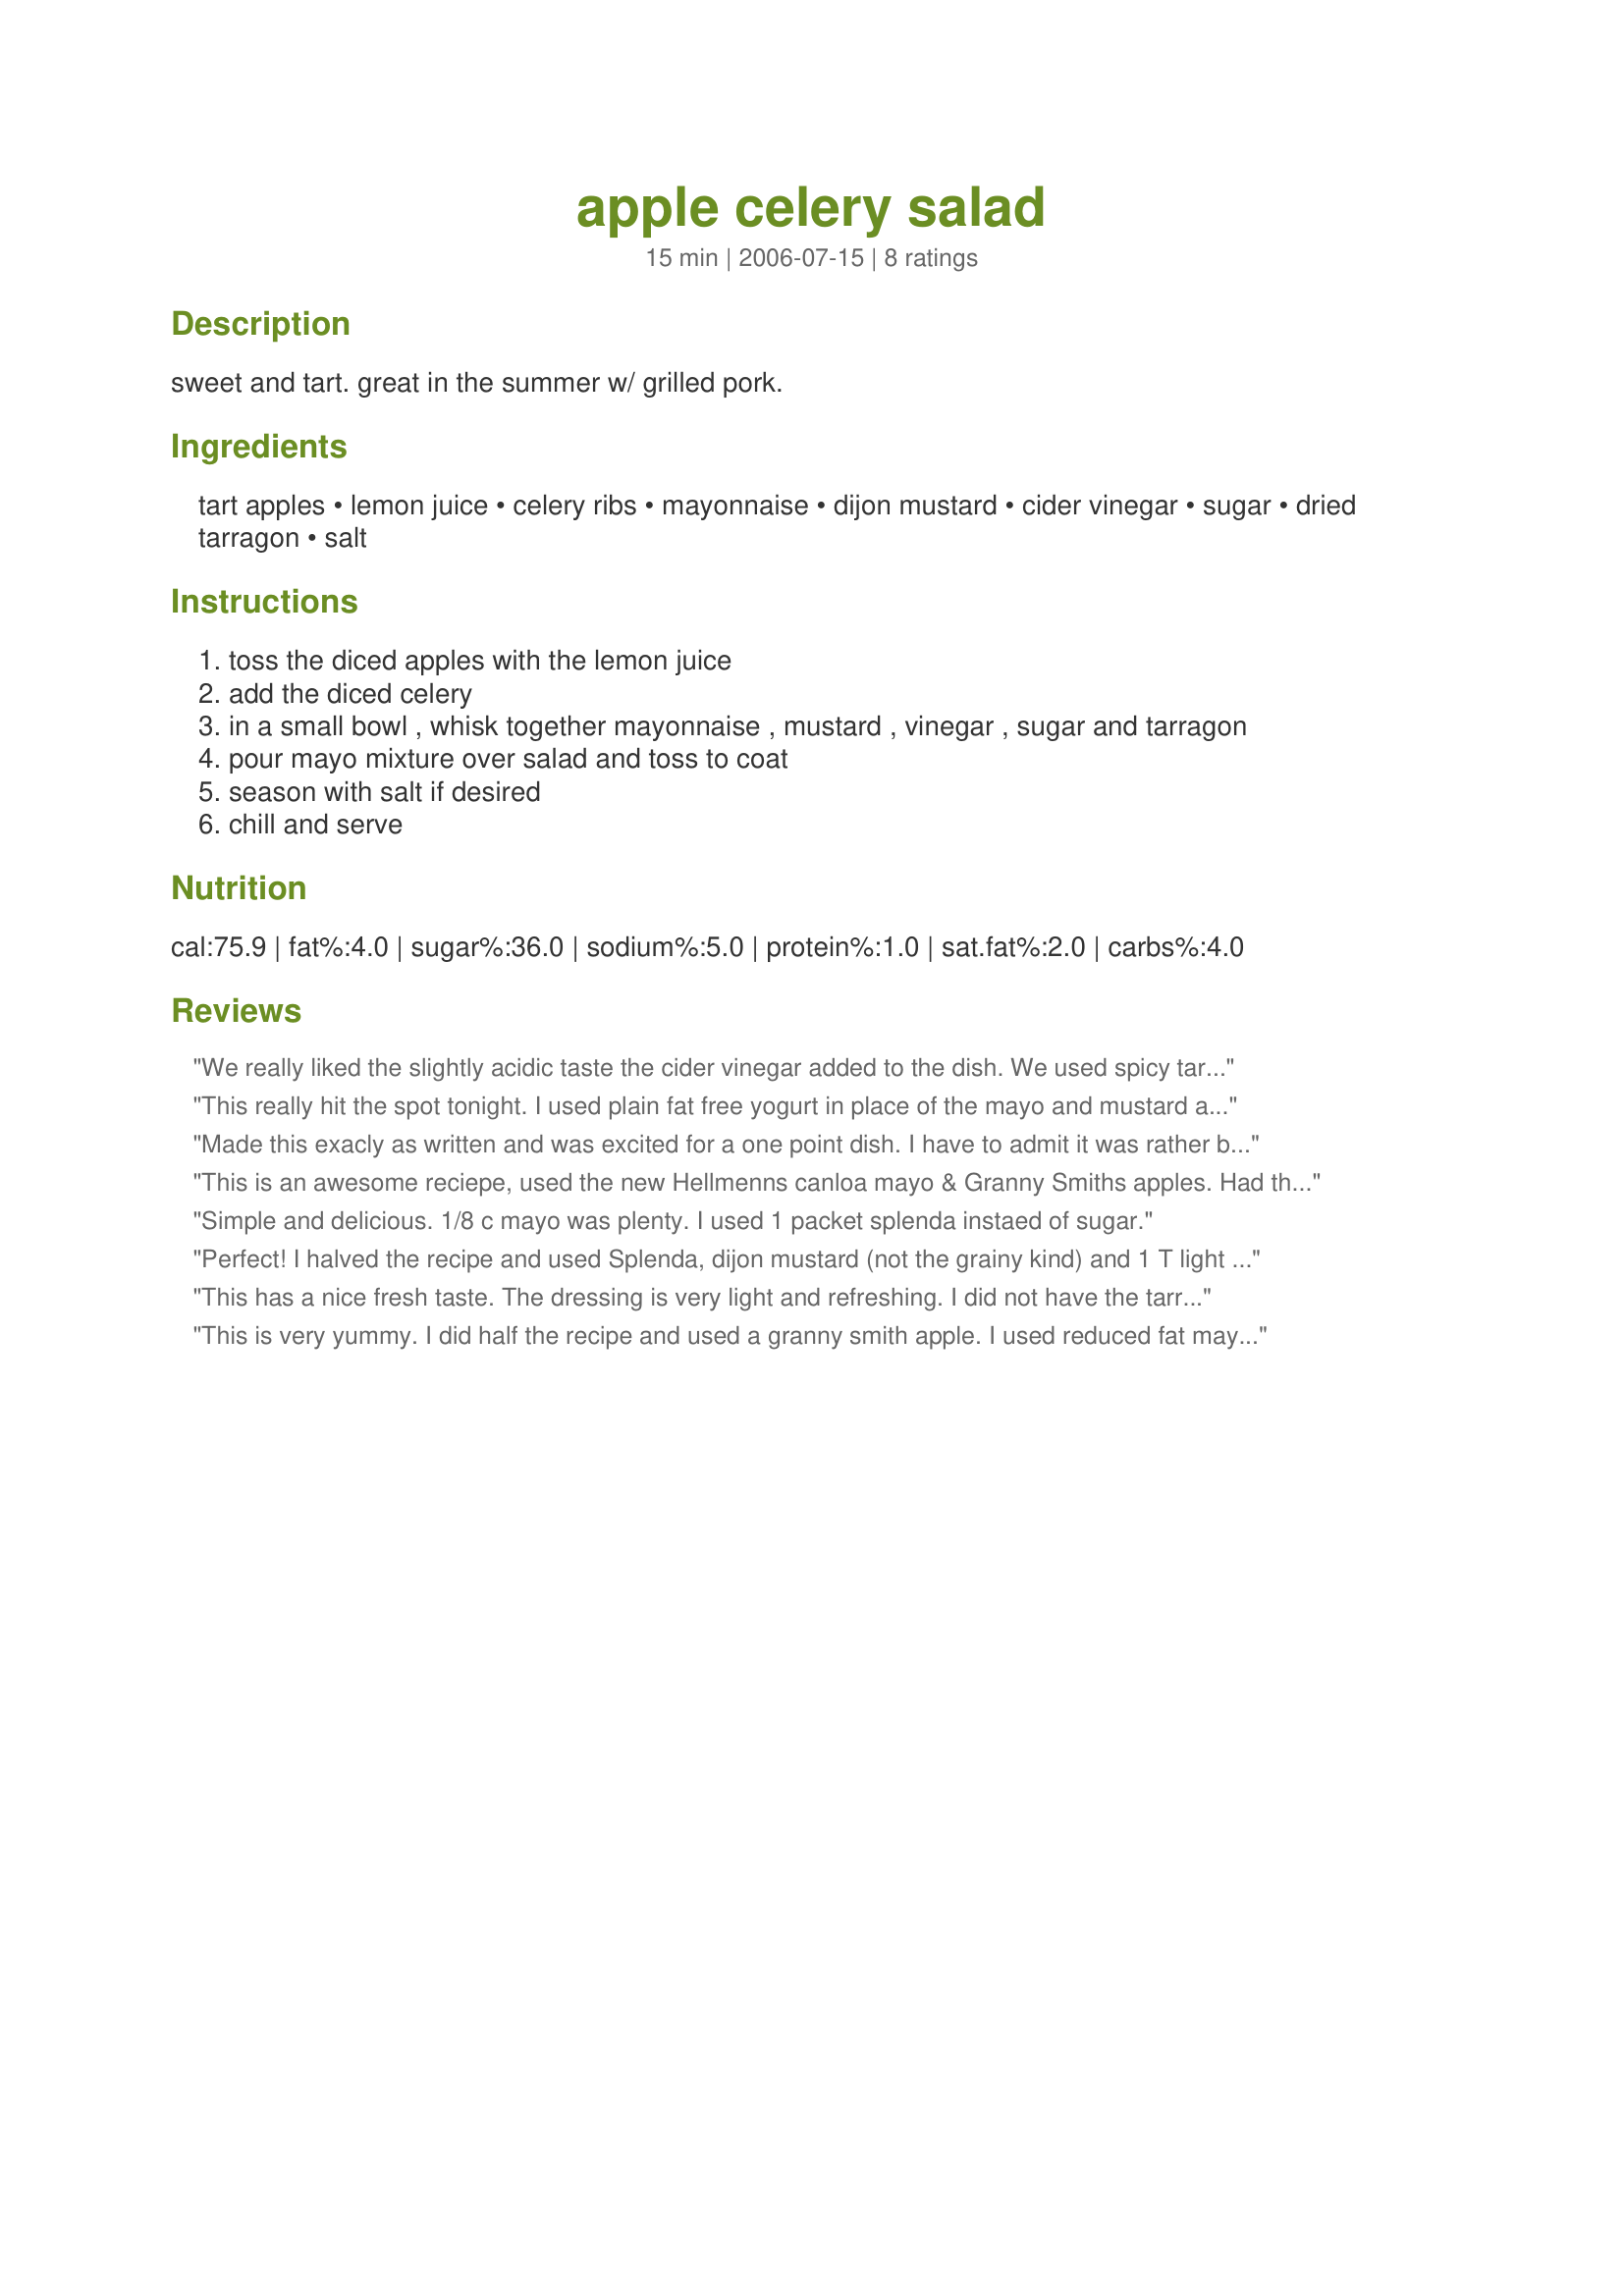
apple celery salad
Preparation time: 15 minutes

sweet and tart. great in the summer w/ grilled pork.

Ingredients:
tart apples, lemon juice, celery ribs, mayonnaise, dijon mustard, cider vinegar, sugar, dried tarragon, salt

Steps:
toss the diced apples with the lemon juice
add the diced celery
in a small bowl , whisk together mayonnaise , mustard , vinegar , sugar and tarragon
pour mayo mixture over salad and toss to coat
season with salt if desired
chill and serve

Reviews:
We really liked the slightly acidic taste the cider vinegar added to the dish. We used spicy tart apples straight from the tree with a mix of Dukes mayo and fat free mayo. This was delicious. I added leftover roasted chicken breast and craisins to some of it, and that was wonderful, too.
This really hit the spot tonight. I used plain fat free yogurt in place of the mayo and mustard and 1 tsp of Splenda for the sugar. I discovered that my tarragon was among the things now buried in the garage. I thought after dinner that some mint would be nice in this. I have half left and will add some to that. I agree that raisins would be a good addition but then the sugars would climb. I didn't feel that any salt was needed. This was perfect for a summer sandwich meal. It was creamy, crunchy and refreshing.
Made this exacly as written and was excited for a one point dish. I have to admit it was rather bland. But I do think the addition of craisins or raisins or something would livin it up a bit, sad for me though u would have to increase the point value. I really wanted to love it as written.Thanx for posting.
This is an awesome reciepe, used the new Hellmenns canloa mayo & Granny Smiths apples. Had this with a pork roast, they really complimented each other. 
Definately a keeper!!!
Simple and delicious. 1/8 c mayo was plenty. I used 1 packet splenda instaed of sugar.
Perfect! I halved the recipe and used Splenda, dijon mustard (not the grainy kind) and 1 T light mayo. Salt *really* brought out the flavors in this dish. I had some of it on a FlatOut wrap with tuna and it was great (although I will dice smaller if I do that again) and I had some plain and that was great too. I will definitely make this again. I had everything I needed in the house, and it was inexpensive and versatile.
This has a nice fresh taste. The dressing is very light and refreshing. I did not have the tarragon so I used savory and omitted the salt. DH said he would prefer a higher apple to celery ratio. This was served on a bed of baby arugula.
This is very yummy. I did half the recipe and used a granny smith apple. I used reduced fat mayonnaise. I used grainy dijon mustard. Thanks Parsley :) Made for Market tag
